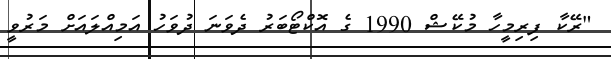
"ރޭކާ ފިރިމީހާ މުކޭޝް 1990 ގެ އޮކްޓޯބަރު ދެވަނަ ދުވަހު އަމިއްލައަށް މަރުވީ